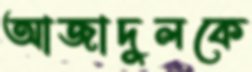
আজাদুলকে